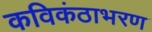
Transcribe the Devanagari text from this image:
कविकंठाभरण